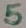
Text: 5